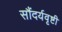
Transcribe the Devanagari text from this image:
सौंदर्यवृष्टी